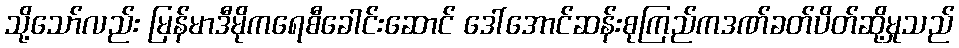
သို့သော်လည်း မြန်မာဒီမိုကရေစီခေါင်းဆောင် ဒေါ်အောင်ဆန်းစုကြည်ကဒဏ်ခတ်ပိတ်ဆို့မှုသည်